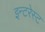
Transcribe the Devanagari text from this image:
इन्टरेस्ट